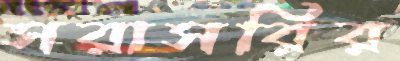
সরাসরির